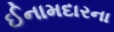
ઈનામદારના